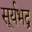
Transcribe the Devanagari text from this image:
सूर्यभद्र